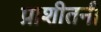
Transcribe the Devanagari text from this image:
प्राशीतनी